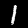
Label: 1